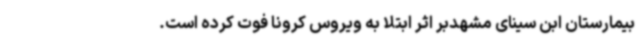
بیمارستان ابن سینای مشهدبر اثر ابتلا به ویروس کرونا فوت کرده است.